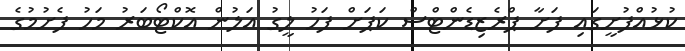
ކުޅުއްފުށީގައި ފަށާ ޕްރެޒިޑެންޓްސް ކަޕަށް ފަހު ލީގު އަލުން އޮކްޓޯބަރު މަހު ފެށުމުގެ